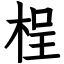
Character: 桯